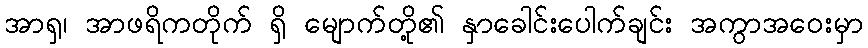
အာရှ၊ အာဖရိကတိုက် ရှိ မျောက်တို့၏ နှာခေါင်းပေါက်ချင်း အကွာအဝေးမှာ